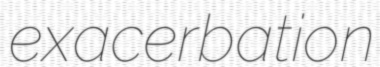
exacerbation